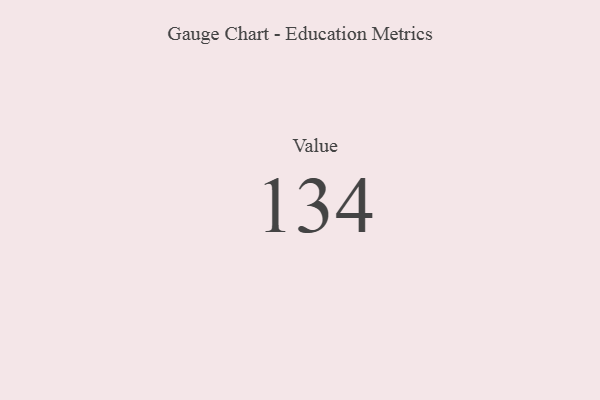
{"axis": {"x": "Metric", "y": "Value"}, "legend": [""], "data": [{"x": "Value", "y": 134, "type": ""}]}